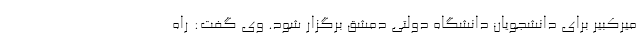
میرکبیر برای دانشجویان دانشگاه دولتی دمشق برگزار شود. وی گفت: راه